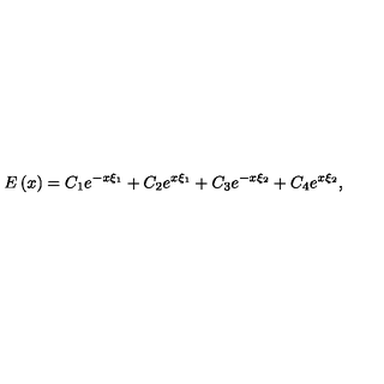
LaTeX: E \left( x \right) = C _ { 1 } e ^ { - x \xi _ { 1 } } + C _ { 2 } e ^ { x \xi _ { 1 } } + C _ { 3 } e ^ { - x \xi _ { 2 } } + C _ { 4 } e ^ { x \xi _ { 2 } } ,